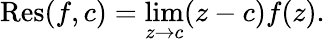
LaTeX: \operatorname{Res}(f,c)=\operatorname*{lim}_{z\to c}(z-c)f(z).